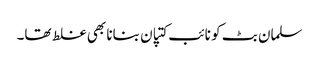
سلمان بٹ کو نائب کتپان بنانا بھی غلط تھا۔